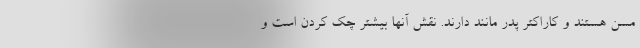
مسن هستند و کاراکتر پدر مانند دارند. نقش آنها بیشتر چک کردن است و